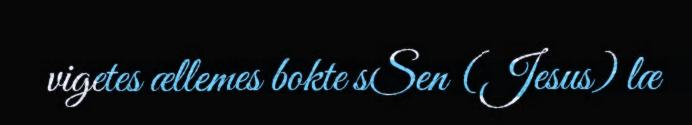
vigetes ællemes bokte sSen (Jesus) læ